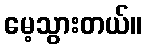
မေ့သွားတယ်။